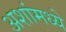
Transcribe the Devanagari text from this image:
अशांमध्ये